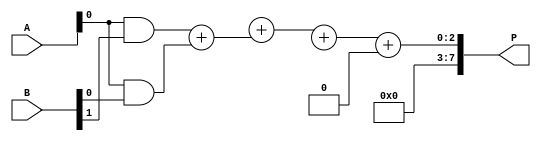
module dadda_multiplier #(parameter A_WIDTH = 4, B_WIDTH = 4)(
    input [A_WIDTH-1:0] A,
    input [B_WIDTH-1:0] B,
    output reg [A_WIDTH + B_WIDTH - 1:0] P
);

    // Partial product generation
    wire [A_WIDTH * B_WIDTH - 1:0] pp; // Partial products
    genvar i, j;
    generate
        for (i = 0; i < A_WIDTH; i = i + 1) begin : pp_gen
            for (j = 0; j < B_WIDTH; j = j + 1) begin : pp_gen_inner
                assign pp[i * B_WIDTH + j] = A[i] & B[j];
            end
        end
    endgenerate

    // Reduction tree
    wire [A_WIDTH * B_WIDTH - 1:0] sum;
    wire [A_WIDTH * B_WIDTH - 1:0] carry;
    
    // Stage 1: Pairwise addition of partial products
    generate
        for (i = 0; i < A_WIDTH * B_WIDTH / 2; i = i + 1) begin : stage1
            if (i % 2 == 0) begin
                assign {carry[i], sum[i]} = pp[i * 2 + 1] + pp[i * 2];
            end
        end
    endgenerate

    // Stage 2: Continue reducing the number of rows
    wire [A_WIDTH * B_WIDTH - 1:0] stage2_sum;
    wire [A_WIDTH * B_WIDTH - 1:0] stage2_carry;

    generate
        for (i = 0; i < A_WIDTH * B_WIDTH / 4; i = i + 1) begin : stage2
            if (i % 2 == 0) begin
                assign {stage2_carry[i], stage2_sum[i]} = sum[i * 2 + 1] + sum[i * 2];
            end
        end
    endgenerate

    // Final addition
    wire [A_WIDTH + B_WIDTH - 1:0] final_sum;
    wire [A_WIDTH + B_WIDTH - 1:0] final_carry;

    assign {final_carry, final_sum} = stage2_sum[0] + stage2_sum[1];

    // Output generation
    always @(*) begin
        P = final_sum + {final_carry, {A_WIDTH + B_WIDTH - 1{1'b0}}};
    end

endmodule